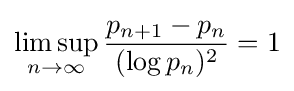
\limsup _{n\rightarrow \infty }{\frac {p_{n+1}-p_{n}}{(\log p_{n})^{2}}}=1